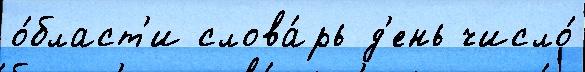
о́бласт'и слова́рь д'ень число́